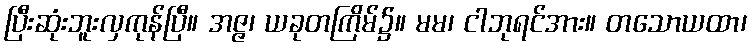
ပြီးဆုံးဘူးလှကုန်ပြီ။ အဇ္ဇ၊ ယခုတကြိမ်၌။ မမ၊ ငါဘုရင်အား။ တသောယထာ၊